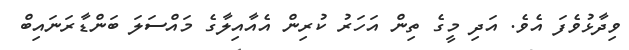
ވިދާޅުވެފަ އެވެ. އަދި މީގެ ތިން އަހަރު ކުރިން އެއާއިލާގެ މައްސަލަ ބަންޑާރަނައިބް